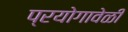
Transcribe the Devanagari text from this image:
प्रयोगावेळी